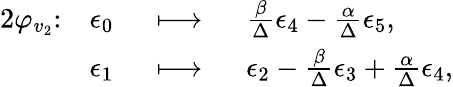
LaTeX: \begin{array}{rlrl}{{2}\varphi_{v_{2}}\colon}&{\epsilon_{0}}&{\ \longmapsto\ }&{\frac{\beta}{\Delta}\epsilon_{4}-\frac{\alpha}{\Delta}\epsilon_{5},}\\ &{\epsilon_{1}}&{\ \longmapsto\ }&{\epsilon_{2}-\frac{\beta}{\Delta}\epsilon_{3}+\frac{\alpha}{\Delta}\epsilon_{4},}\end{array}